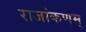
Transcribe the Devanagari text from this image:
राजांकणम्